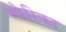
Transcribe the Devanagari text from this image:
स्फेरिका